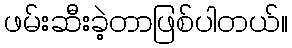
ဖမ်းဆီးခဲ့တာဖြစ်ပါတယ်။